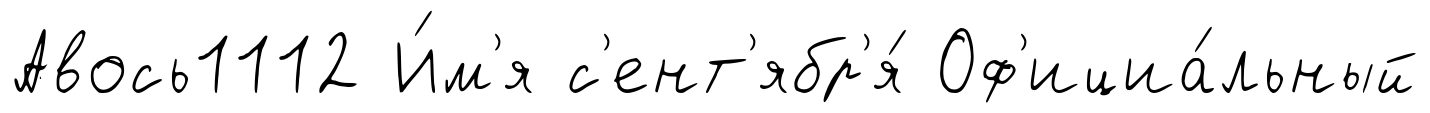
Авось1112 И́м'я с'ент'ябр'я́ Оф'ициа́льный